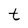
Character: t